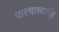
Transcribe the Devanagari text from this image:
पाश्चात्त्यासि